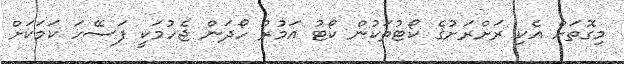
މިގޮތަށް އެކި ރަށްރަށުގެ ކޯޓުތަކުން ކޯޓު އަމުރު ހޯދަން ޖެހުމަކީ ފަސޭހަ ކަމަކަށް